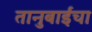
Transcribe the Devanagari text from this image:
तानुबाईंचा